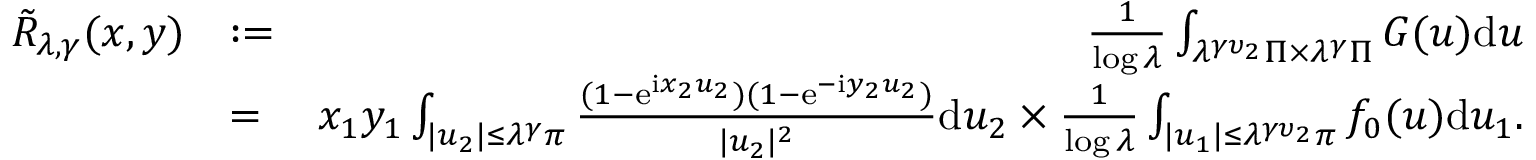
\begin{array} { r l r } { \tilde { R } _ { \lambda , \gamma } ( \boldsymbol { x } , \boldsymbol { y } ) } & { : = } & { \frac { 1 } { \log \lambda } \int _ { \lambda ^ { \gamma \upsilon _ { 2 } } \Pi \times \lambda ^ { \gamma } \Pi } G ( \boldsymbol { u } ) \mathrm d \boldsymbol { u } } \\ & { = } & { x _ { 1 } y _ { 1 } \int _ { | u _ { 2 } | \le \lambda ^ { \gamma } \pi } \frac { ( 1 - \mathrm e ^ { \mathrm i x _ { 2 } u _ { 2 } } ) ( 1 - \mathrm e ^ { - \mathrm i y _ { 2 } u _ { 2 } } ) } { | u _ { 2 } | ^ { 2 } } \mathrm d u _ { 2 } \times \frac { 1 } { \log \lambda } \int _ { | u _ { 1 } | \le \lambda ^ { \gamma \upsilon _ { 2 } } \pi } f _ { 0 } ( \boldsymbol { u } ) \mathrm d u _ { 1 } . } \end{array}